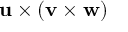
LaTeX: \mathbf { u } \times ( \mathbf { v } \times \mathbf { w } )